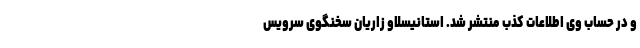
و در حساب وی اطلاعات کذب منتشر شد. استانیسلاو زاریان سخنگوی سرویس